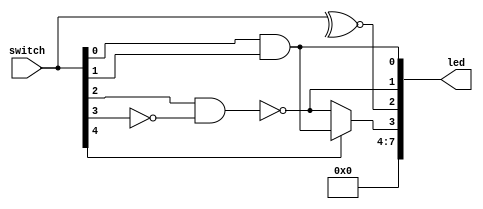
`timescale 1ns / 1ps  //sets the timescale (for simulation)
`default_nettype none //overrides default behaviour: errors when a net type is not declired

module main(switch, led);
	// declare inputs and outputs
	input wire [7:0] switch;
	output wire [7:0] led;

	assign led[7:4] = 4'b0000;
	assign led[0] = switch[0] & switch[1]; // 2-bit AND gate
	assign led[1] = ~(switch[2] & ~switch[3]); // derived through inverted sum-of-products 
	assign led[2] = ~^switch; // 8-bit XNOR
	assign led[3] = switch[4] ? led[0] : led[1]; // MUX
	
	
endmodule

`default_nettype none //reengages default behaviour: needed for other Xilinx modules